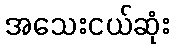
အသေးငယ်ဆုံး